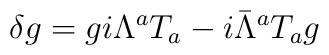
\delta g=gi\Lambda^aT_a-i\bar\Lambda^aT_ag